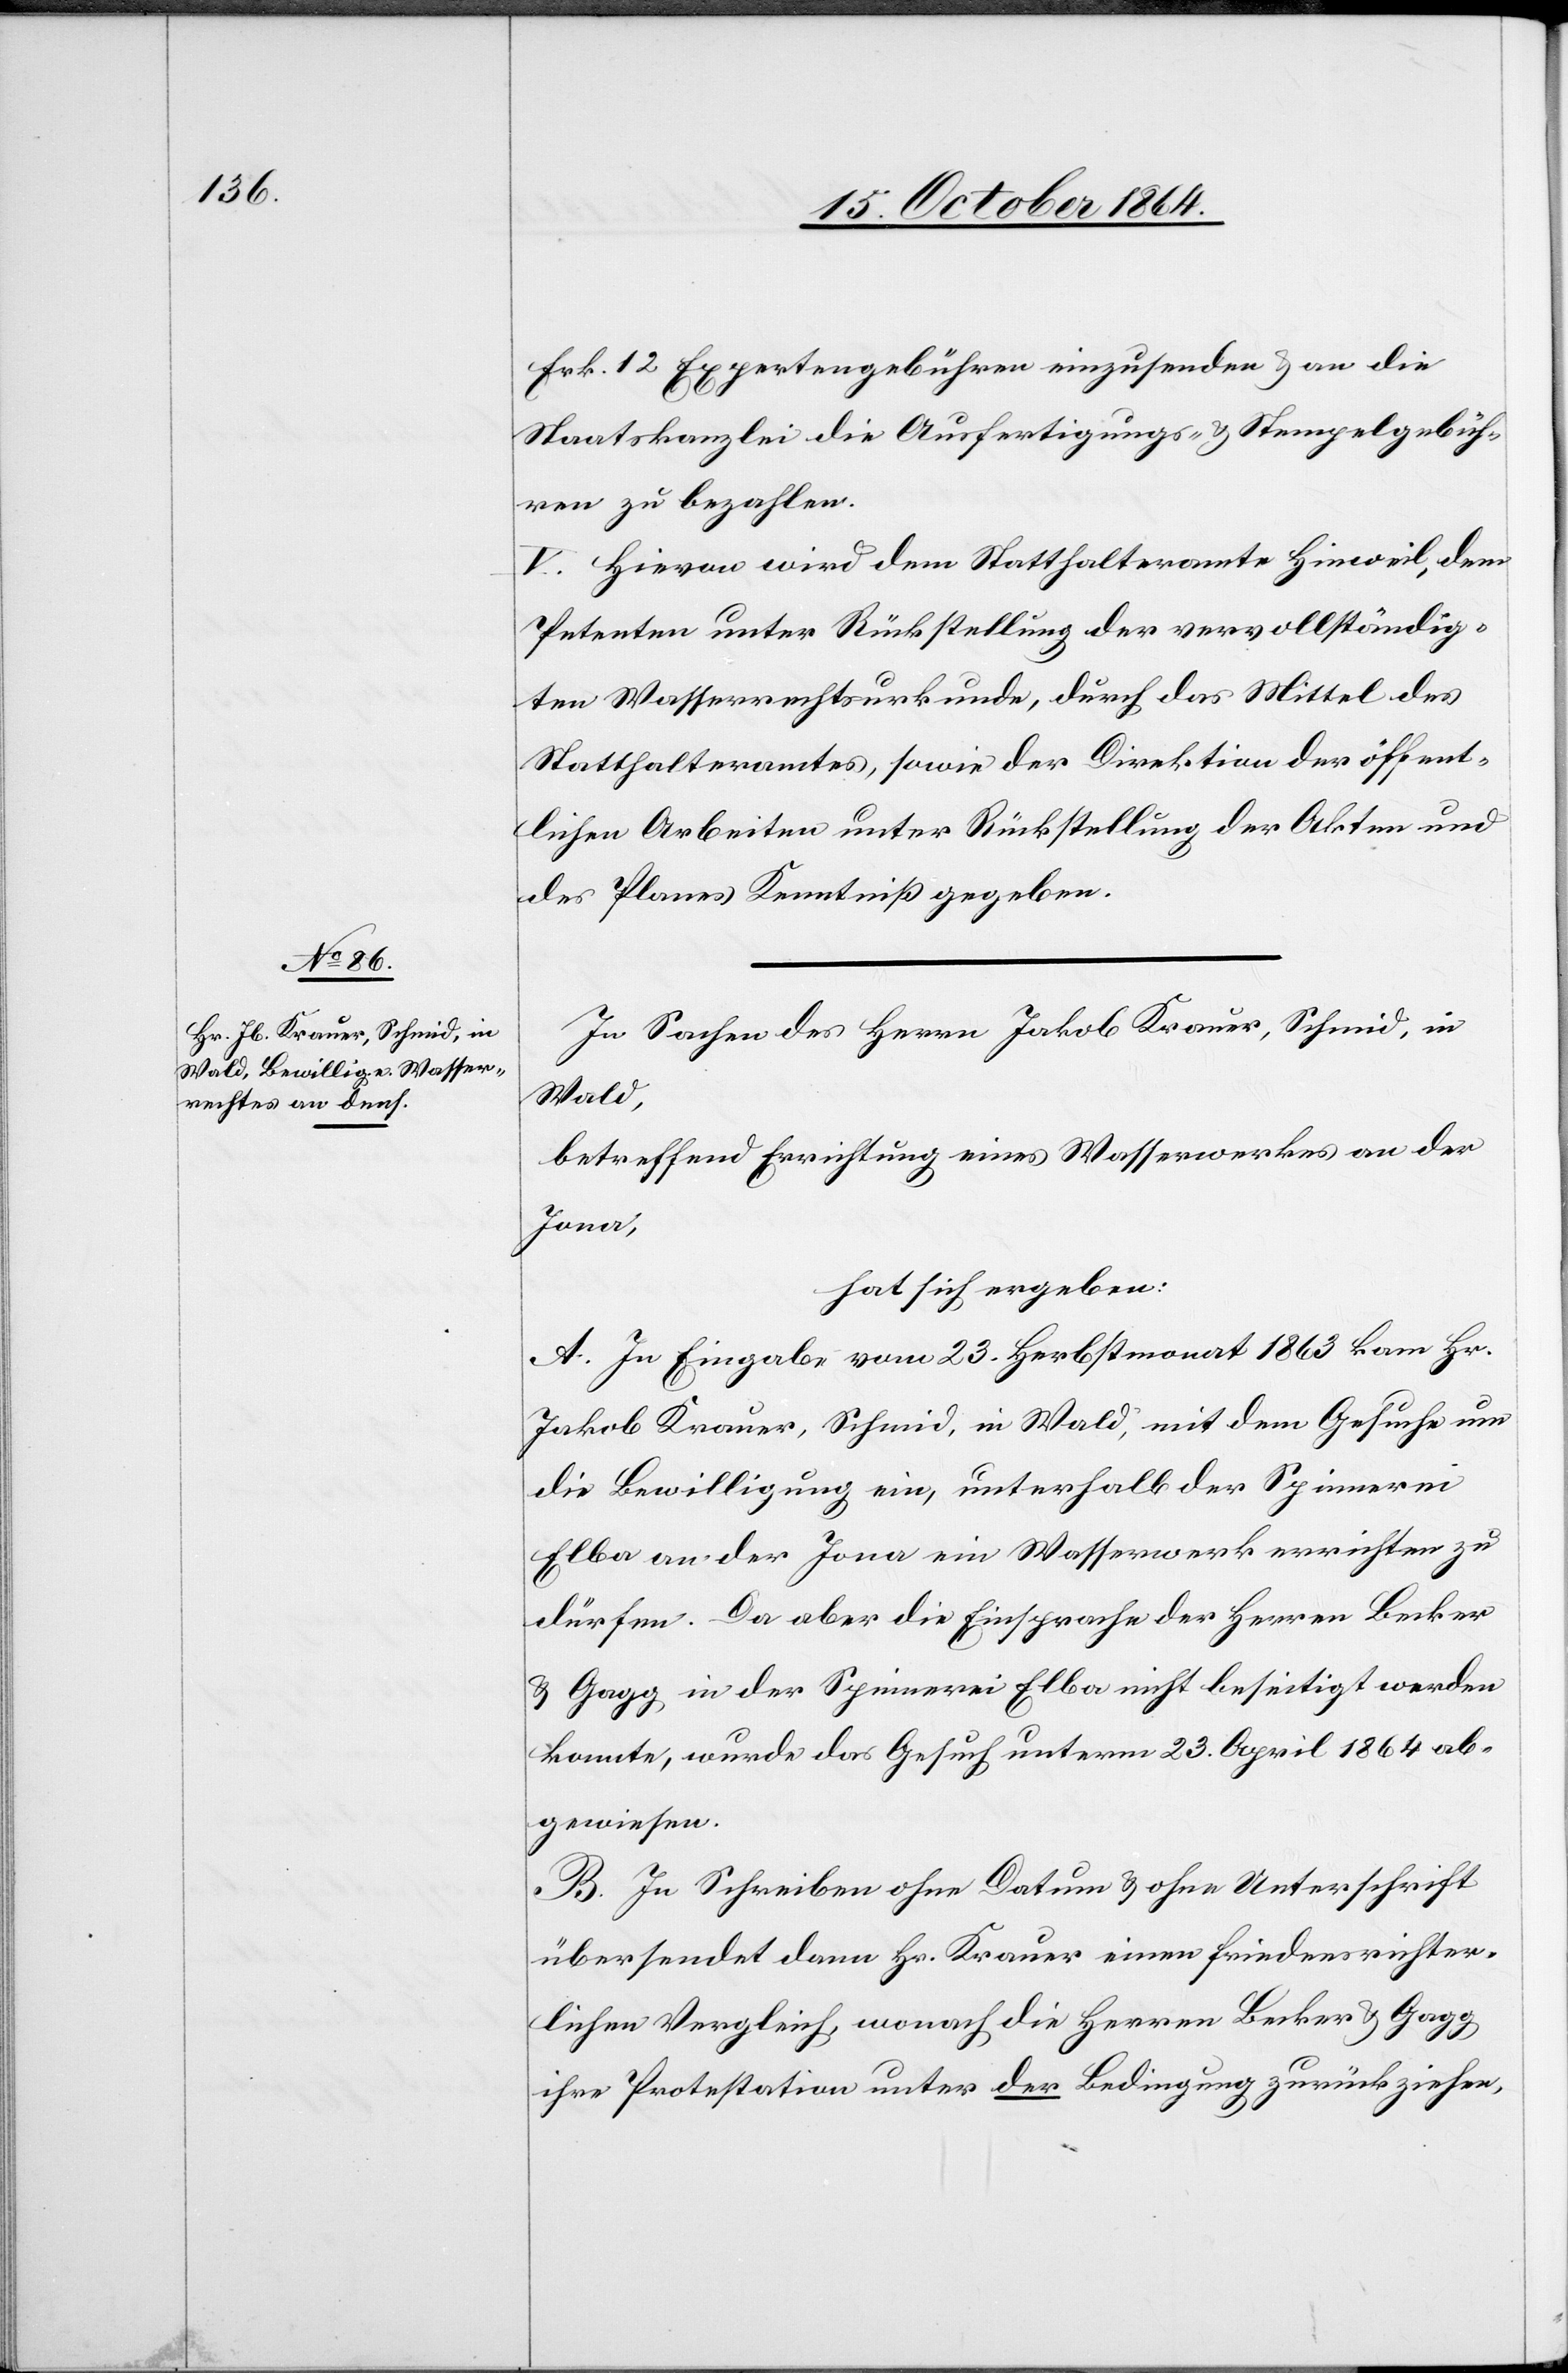
Frk. 12 Expertengebühren einzusenden & an die
Staatskanzlei die Ausfertigungs- & Stempelgebüh¬
ren zu bezahlen.
V. Hievon wird dem Statthalteramte Hinweil, dem
Petenten unter Rückstellung der vervollständig¬
ten Wasserrechtsurkunde, durch das Mittel des
Statthalteramtes, sowie der Direktion der öffent¬
lichen Arbeiten unter Rückstellung der Akten und
des Planes Kenntniß gegeben.
In Sachen des Herrn Jakob Krauer, Schmid, in
Wald,
betreffend Errichtung eines Wasserwerkes an der
Jona,
hat sich ergeben:
A. In Eingabe vom 23. Herbstmonat 1863 kam Hr.
Jakob Krauer, Schmid, in Wald, mit dem Gesuche um
die Bewilligung ein, unterhalb der Spinnerei
Elba an der Jona ein Wasserwerk errichten zu
dürfen. Da aber die Einsprache der Herren Becker
& Gagg in der Spinnerei Elba nicht beseitigt werden
konnte, wurde das Gesuch unterm 23. April 1864 ab¬
gewiesen.
B. In Schreiben ohne Datum & ohne Unterschrift
übersendet dann Hr. Krauer einen friedensrichter¬
lichen Vergleich, wonach die Herren Becker & Gagg
ihre Protestation unter der Bedingung zurückziehen,